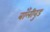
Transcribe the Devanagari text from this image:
बाँलीवुड़